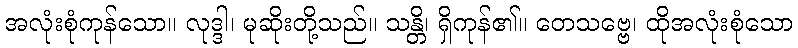
အလုံးစုံကုန်သော။ လုဒ္ဒါ၊ မုဆိုးတို့သည်။ သန္တိ၊ ရှိကုန်၏။ တေသဗ္ဗေ၊ ထိုအလုံးစုံသော